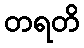
တရတိ